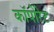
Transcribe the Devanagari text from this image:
कॉपोरेट